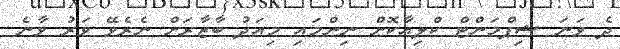
ދެ ވަނަ ޝިޕްމަންޓް ކްލިއާކޮށް ނިންމައި މިއަދު ބާޒާރަށް ނެރެވޭ ވަރު ވާނެ